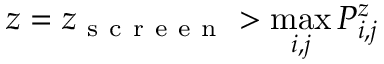
z = z _ { \mathrm { ~ s ~ c ~ r ~ e ~ e ~ n ~ } } > \operatorname* { m a x } _ { i , j } P _ { i , j } ^ { z }